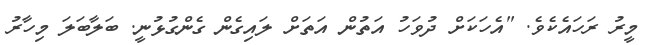
މީރު ރަހައެކެވެ. "އެހަކަށް ދުވަހު އަތުން އަތަށް ލައިގެން ގެންގުޅުނީ. ބަލާބަލަ މިހާރު